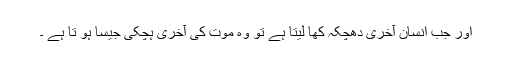
اور جب انسان آخری دھچکہ کھا لیتا ہے تو وہ موت کی آخری ہچکی جیسا ہو تا ہے ۔